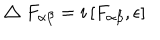
\bigtriangleup F _ { \alpha \beta } = i \left[ F _ { \alpha \beta } , \epsilon \right]